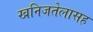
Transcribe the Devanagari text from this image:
खनिजतेलासह